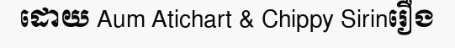
ដោយ Aum Atichart & Chippy Sirinរឿង